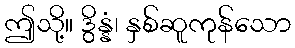
ဤသို့။ ဒွိန္နံ၊ နှစ်ဆူကုန်သော